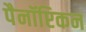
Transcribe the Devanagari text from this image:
पैनॉप्टिकन